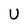
Character: U